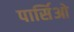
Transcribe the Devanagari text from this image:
पार्सिओ